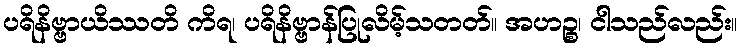
ပရိနိဗ္ဗာယိဿတိ ကိရ၊ ပရိနိဗ္ဗာန်ပြုလိမ့်သတတ်။ အဟဉ္စ၊ ငါသည်လည်း။